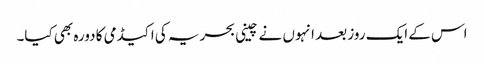
اس کے ایک روز بعد انہوں نے چینی بحریہ کی اکیڈمی کا دورہ بھی کیا۔